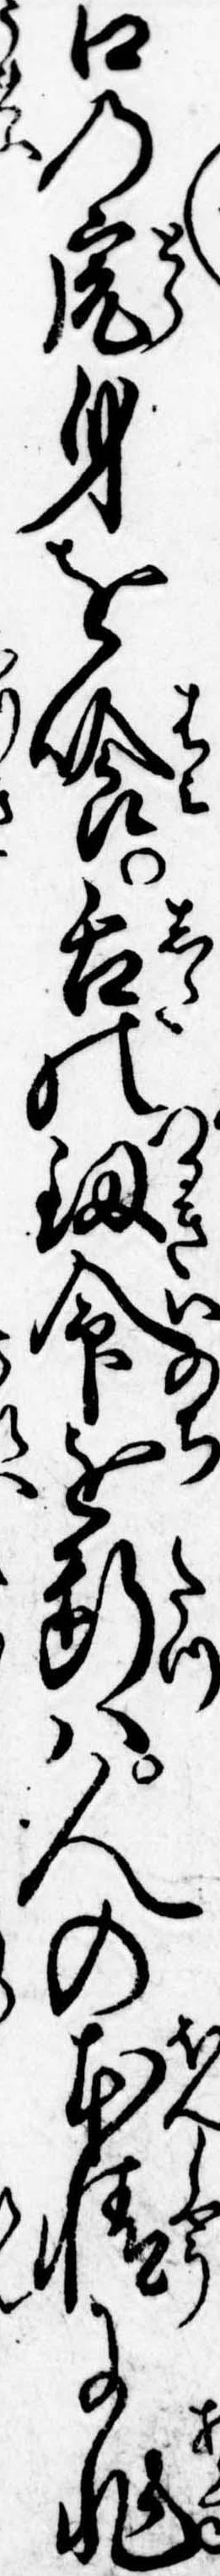
口の虎身を喰舌の剣命を断は人の本情に非